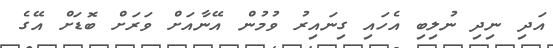
އަދި ނިދި ނުލިބި އެހައި ގިނައިރު ވުމުން އޭނާއަށް ވަރަށް ބޮޑަށް އޭގެ